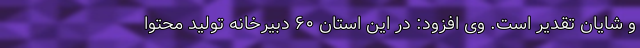
و شایان تقدیر است. وی افزود: در این استان ۶٠ دبیرخانه تولید محتوا